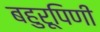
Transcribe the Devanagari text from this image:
बहुरूपिणी